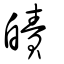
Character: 皟